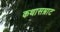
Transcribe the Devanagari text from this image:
कथासम्राट